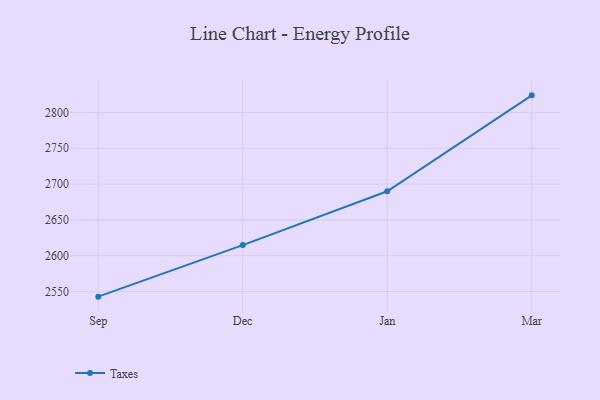
{"axis": {"x": "Month", "y": "Production Output"}, "legend": ["Taxes"], "data": [{"x": "Sep", "y": 2542.8, "type": "Taxes"}, {"x": "Dec", "y": 2614.8, "type": "Taxes"}, {"x": "Jan", "y": 2689.9, "type": "Taxes"}, {"x": "Mar", "y": 2823.9, "type": "Taxes"}]}